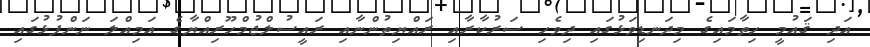
އަދި ޤައުމީ ހިތާމައިގެ މިދަނޑިވަޅުގައި ދިވެހި ސަރުކާރާއި ރައްޔިތުންނާއި ރައީސުލްޖުމްހޫރިއްޔާގެ އަމިއްލަ ނަންފުޅުގައި